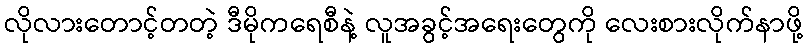
လိုလားတောင့်တတဲ့ ဒီမိုကရေစီနဲ့ လူအခွင့်အရေးတွေကို လေးစားလိုက်နာဖို့